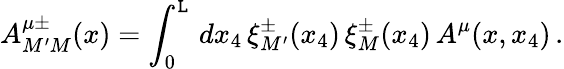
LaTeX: A_{M^{\prime}M}^{\mu\pm}(x)=\int_{0}^{\mathtt{L}}\, dx_{4}\, \xi_{M^{\prime}}^{\pm}(x_{4})\, \xi_{M}^{\pm}(x_{4})\, A^{\mu}(x,x_{4})\, .